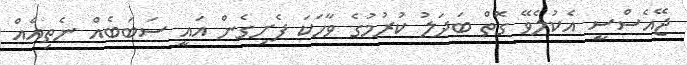
ޖޭއެސްސީ އެކުލެވޭ ގޮތް ބަދަލު ކުރުމުގެ ވާހަކަ ފެށިގެން އައީ ސަބަބެއް ނެތިއެއް